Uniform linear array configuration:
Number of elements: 48
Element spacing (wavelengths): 0.5
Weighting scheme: binomial
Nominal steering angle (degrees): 0
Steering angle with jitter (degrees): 0.001164
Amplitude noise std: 0.05
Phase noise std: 0.05

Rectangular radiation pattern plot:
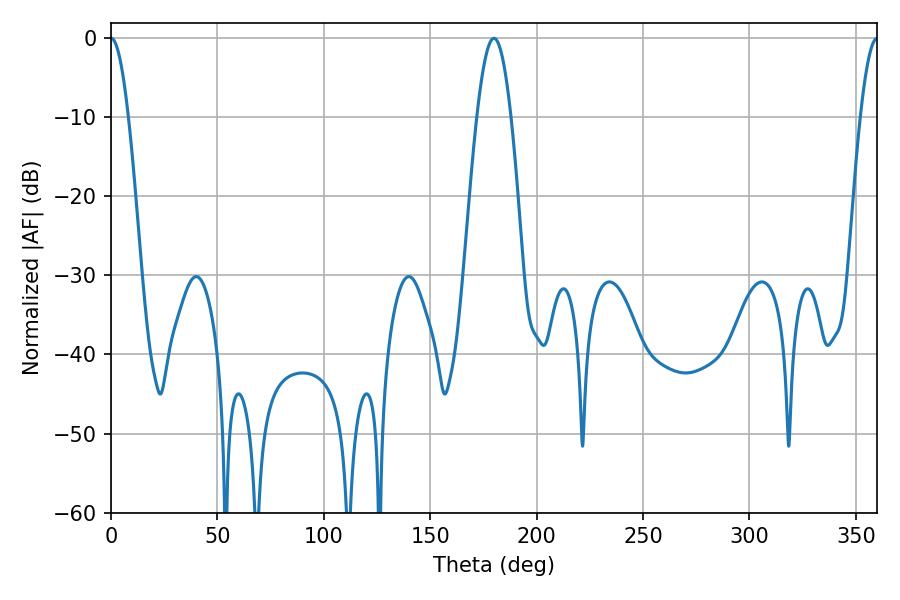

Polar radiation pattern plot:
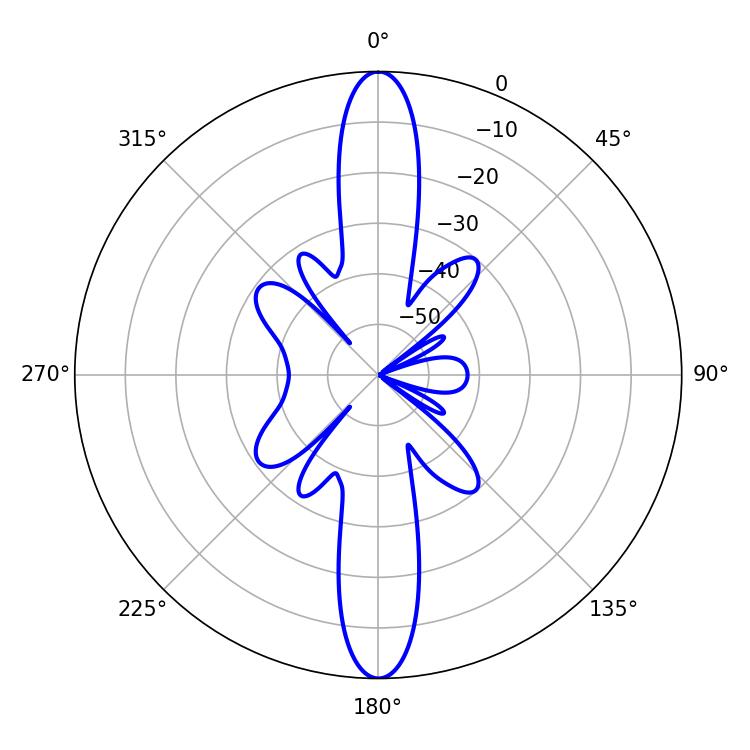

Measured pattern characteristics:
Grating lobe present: FALSE
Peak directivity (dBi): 38.924
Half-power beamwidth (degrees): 4.32
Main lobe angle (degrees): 0